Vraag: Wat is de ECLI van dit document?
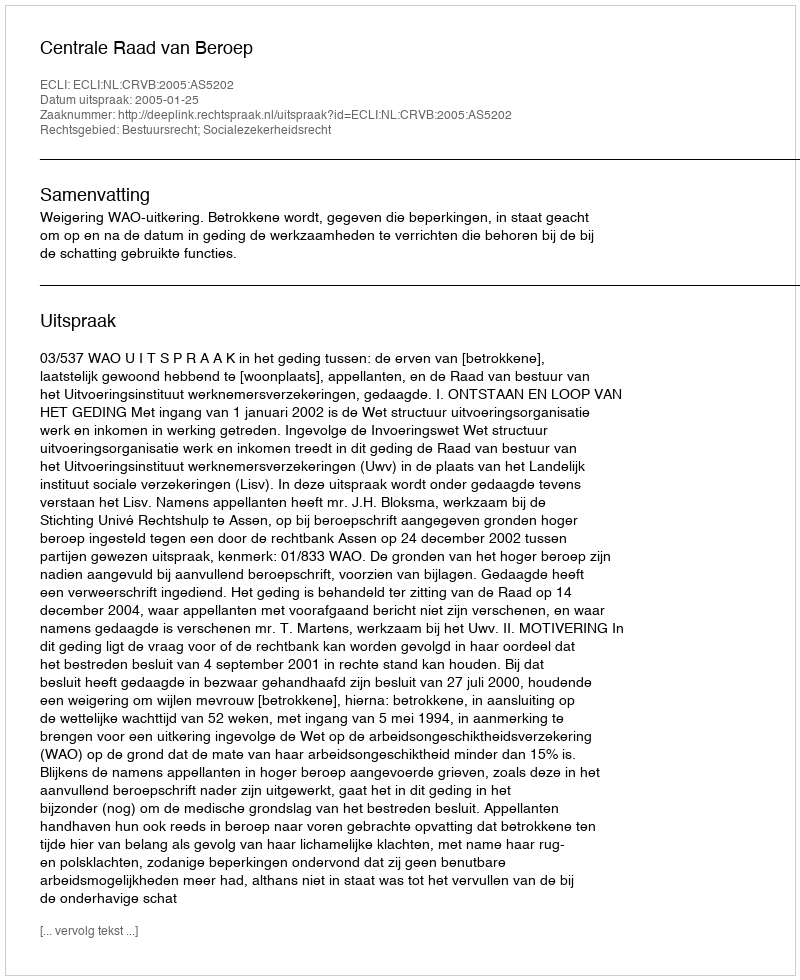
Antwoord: ECLI:NL:CRVB:2005:AS5202